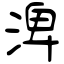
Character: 渒